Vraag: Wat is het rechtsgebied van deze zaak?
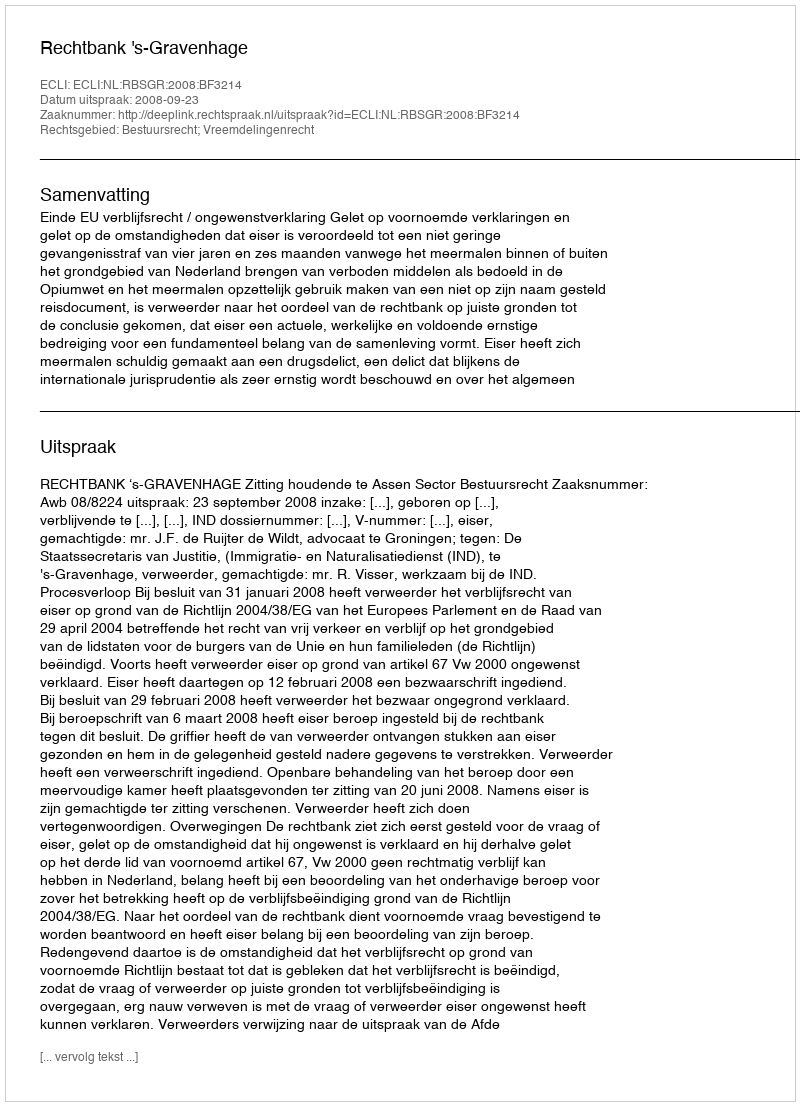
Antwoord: Bestuursrecht; Vreemdelingenrecht